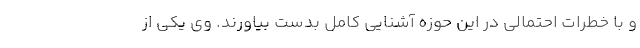
و با خطرات احتمالی در این حوزه آشنایی کامل بدست بیاورند. وی یکی از